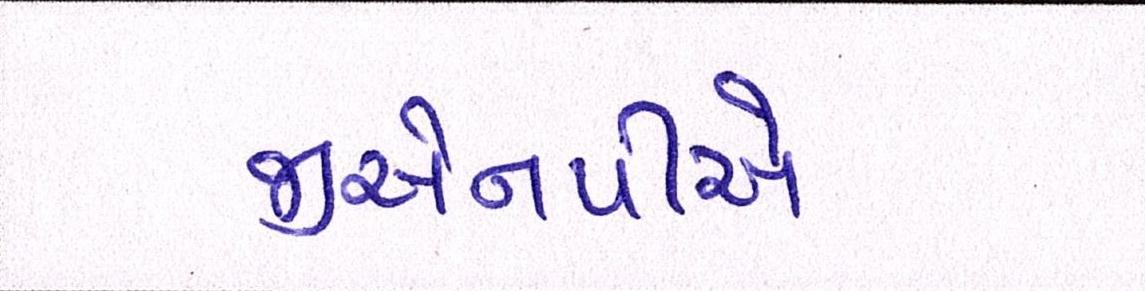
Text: જીએનપીએ